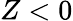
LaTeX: Z<0